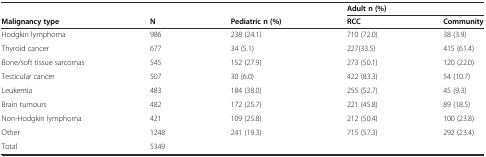
<table><thead><tr><td>[EMPTY_CELL]</td><td>[EMPTY_CELL]</td><td>[EMPTY_CELL]</td><td colspan="2"><b>Adult n (%)</b></td></tr><tr><td><b>Malignancy type</b></td><td><b>N</b></td><td><b>Pediatric n (%)</b></td><td><b>RCC</b></td><td><b>Community</b></td></tr></thead><tbody><tr><td>Hodgkin lymphoma</td><td>986</td><td>238 (24.1)</td><td>710 (72.0)</td><td>38 (3.9)</td></tr><tr><td>Thyroid cancer</td><td>677</td><td>34 (5.1)</td><td>227(33.5)</td><td>415 (61.4)</td></tr><tr><td>Bone/soft tissue sarcomas</td><td>545</td><td>152 (27.9)</td><td>273 (50.1)</td><td>120 (22.0)</td></tr><tr><td>Testicular cancer</td><td>507</td><td>30 (6.0)</td><td>422 (83.3)</td><td>54 (10.7)</td></tr><tr><td>Leukemia</td><td>483</td><td>184 (38.0)</td><td>255 (52.7)</td><td>45 (9.3)</td></tr><tr><td>Brain tumours</td><td>482</td><td>172 (25.7)</td><td>221 (45.8)</td><td>89 (18.5)</td></tr><tr><td>Non-Hodgkin lymphoma</td><td>421</td><td>109 (25.8)</td><td>212 (50.4)</td><td>100 (23.8)</td></tr><tr><td>Other</td><td>1248</td><td>241 (19.3)</td><td>715 (57.3)</td><td>292 (23.4)</td></tr><tr><td>Total</td><td>5349</td><td>[EMPTY_CELL]</td><td>[EMPTY_CELL]</td><td>[EMPTY_CELL]</td></tr></tbody></table>